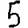
Digit: 5